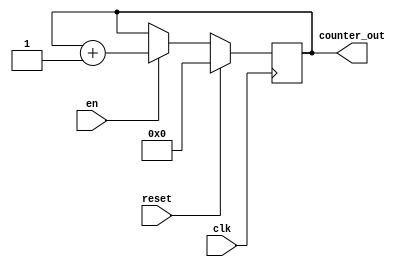
module mod_16_counter (
	input wire clk,
	input wire reset,
	input wire en,
	output reg [4:0] counter_out
);

always @(posedge clk)
begin
	if(reset==1'b1)
		counter_out <= 4'b0000;
	
	else if (en==1'b1)
		counter_out<= counter_out+1;
	
end
endmodule